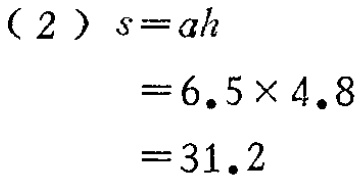
\[

\begin{align*}

(2)\ s&=ah\\

&=6.5\times4.8\\

&=31.2

\end{align*}

\]